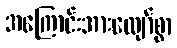
အကြောင်းအားလျော်စွာ